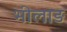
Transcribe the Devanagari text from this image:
भीलाड़